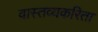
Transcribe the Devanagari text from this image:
वास्तव्यकरिता